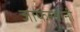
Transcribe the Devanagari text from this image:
जाफरबानी